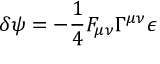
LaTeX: \delta \psi = - \frac { 1 } { 4 } F _ { \mu \nu } \Gamma ^ { \mu \nu } \epsilon